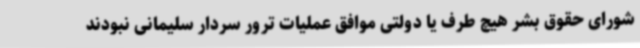
شورای حقوق بشر هیچ طرف یا دولتی موافق عملیات ترور سردار سلیمانی نبودند